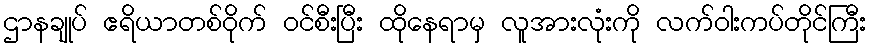
ဌာနချုပ် ဧရိယာတစ်ဝိုက် ဝင်စီးပြီး ထိုနေရာမှ လူအားလုံးကို လက်ဝါးကပ်တိုင်ကြီး